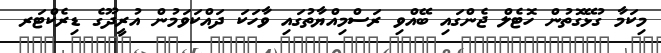
މިކަމާ ގުޅޭގޮތުން ހޮޓެލް ޖެންގައި ބޭއްވި ރަސްމިއްޔާތުގައި ވާހަކަ ދައްކަވަމުން އުރީދޫގެ ޑިރެކްޓަރ